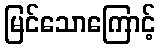
မြင်သောကြောင့်